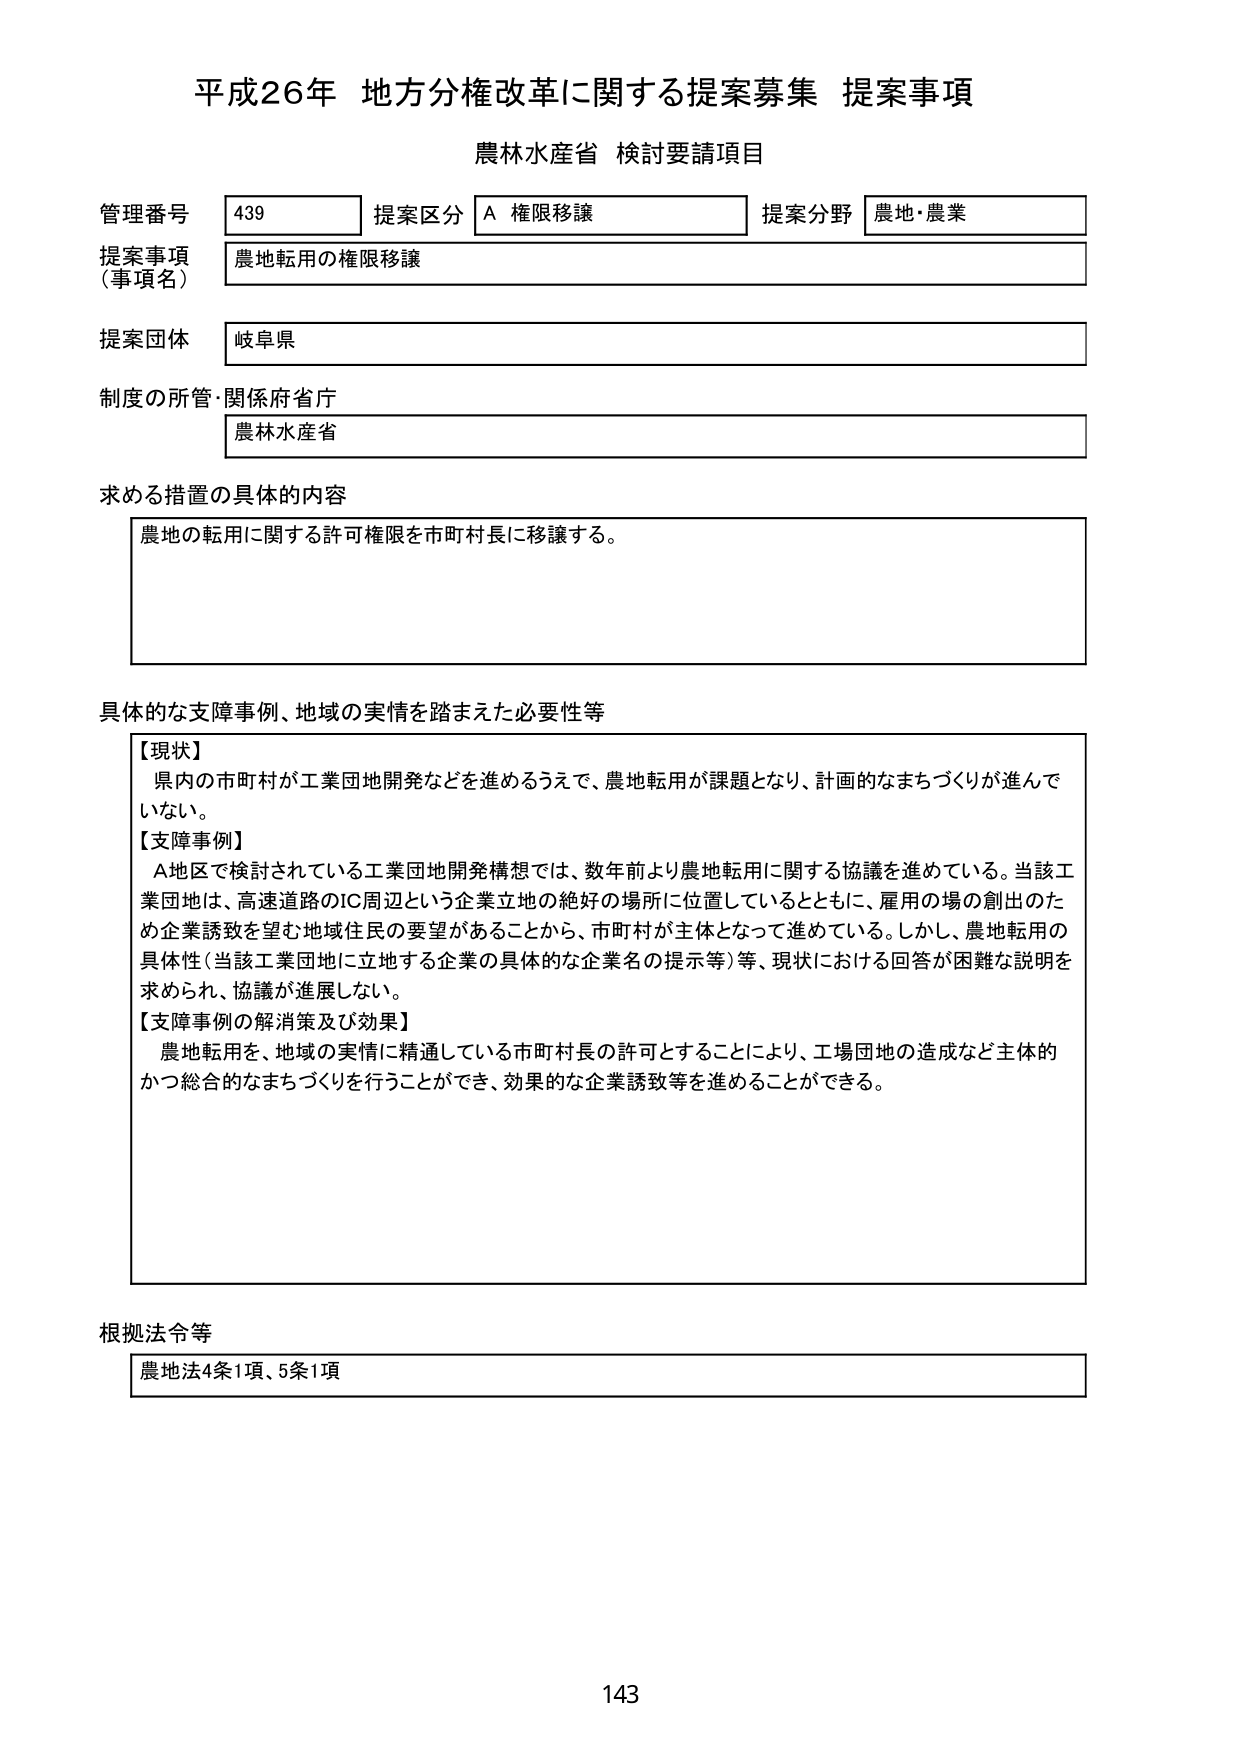
平成26年 地方分権改革に関する提案募集 提案事項
農林水産省 検討要請項目

管理番号 439 提案区分 A 権限移譲 提案分野 農地・農業
提案事項（事項名） 農地転用の権限移譲
提案団体 岐阜県
制度の所管・関係府省庁 農林水産省

求める措置の具体的内容
農地の転用に関する許可権限を市町村長に移譲する。

具体的な支障事例、地域の実情を踏まえた必要性等
【現状】
県内の市町村が工業団地開発などを進めるうえで、農地転用が課題となり、計画的なまちづくりが進んでいない。
【支障事例】
A地区で検討されている工業団地開発構想では、数年前より農地転用に関する協議を進めている。当該工業団地は、高速道路のIC周辺という企業立地の絶好の場所に位置しているとともに、雇用の場の創出のため企業誘致を望む地域住民の要望があることから、市町村が主体となって進めている。しかし、農地転用の具体性（当該工業団地に立地する企業の具体的な企業名の提示等）等、現状における回答が困難な説明を求められ、協議が進展しない。
【支障事例の解消策及び効果】
農地転用を、地域の実情に精通している市町村長の許可とすることにより、工場団地の造成など主体的かつ総合的なまちづくりを行うことができ、効果的な企業誘致等を進めることができる。

根拠法令等
農地法4条1項、5条1項

143